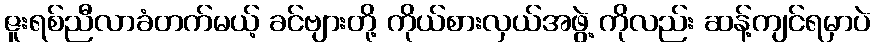
ဇူးရစ်ညီလာခံတက်မယ့် ခင်ဗျားတို့ ကိုယ်စားလှယ်အဖွဲ့ ကိုလည်း ဆန့်ကျင်ရမှာပဲ